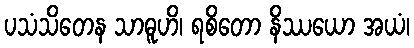
ပသံသိတေန သာဓူဟိ၊ ရစိတော နိဿယော အယံ၊